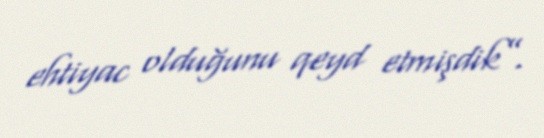
ehtiyac olduğunu qeyd etmişdik”.